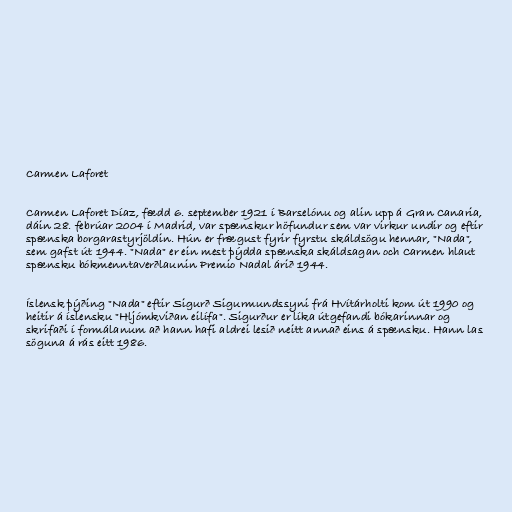
Carmen Laforet

Carmen Laforet Díaz, fædd 6. september 1921 í Barselónu og alin upp á Gran Canaria,
dáin 28. febrúar 2004 í Madrid, var spænskur höfundur sem var virkur undir og eftir
spænska borgarastyrjöldin. Hún er frægust fyrir fyrstu skáldsögu hennar, "Nada",
sem gafst út 1944. "Nada" er ein mest þýdda spænska skáldsagan och Carmen hlaut
spænsku bókmenntaverðlaunin Premio Nadal árið 1944.

Íslensk þýðing "Nada" eftir Sigurð Sigurmundssyni frá Hvítárholti kom út 1990 og
heitir á íslensku "Hljómkviðan eilífa". Sigurður er líka útgefandi bókarinnar og
skrifaði í formálanum að hann hafi aldrei lesið neitt annað eins á spænsku. Hann las
söguna á rás eitt 1986.